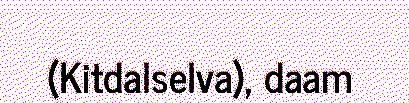
(Kitdalselva), daam